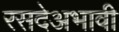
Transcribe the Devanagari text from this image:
रसदेअभावी